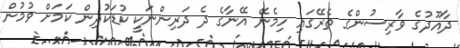
ދާއޫދުގެ ވާރިސުންގެ ތެރޭގައި ހިމެނޭ އޭނާގެ ދެ ދަރިންނަކީ ކުޑަކުދިން ކަމަށް ވުމުން